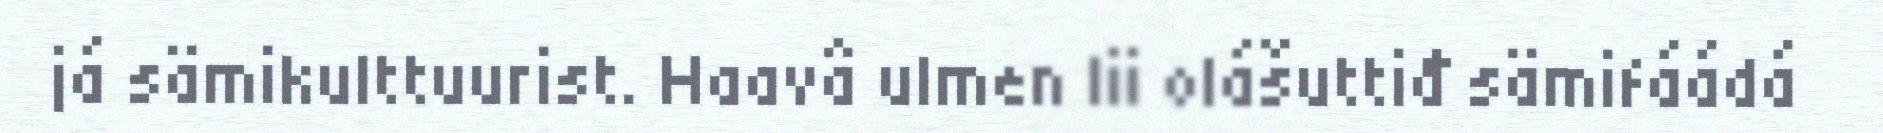
já sämikulttuurist. Haavâ ulmen lii olášuttiđ sämifáádá